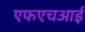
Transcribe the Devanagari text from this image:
एफएचआई